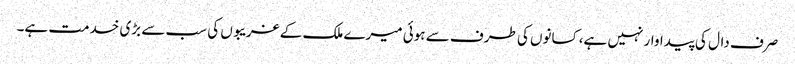
صرف دال کی پیداوار نہیں ہے، کسانوں کی طرف سے ہوئی میرے ملک کے غریبوں کی سب سے بڑی خدمت ہے۔